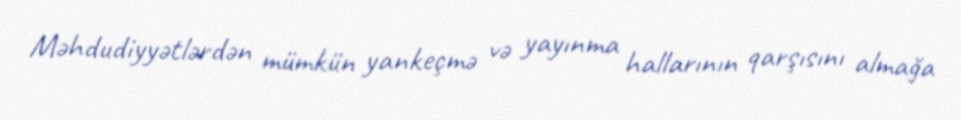
Məhdudiyyətlərdən mümkün yankeçmə və yayınma hallarının qarşısını almağa